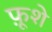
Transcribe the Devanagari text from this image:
फ़ूशे